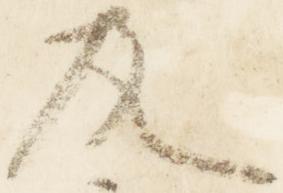
及